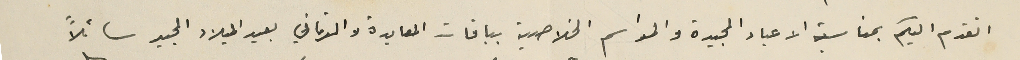
اتقدم اليكم بمناسبة الاعياد المجيدة والمواسم الخلاصية بباقات المعايدة والتهاني بعيد الميلاد المجيد سائلاً